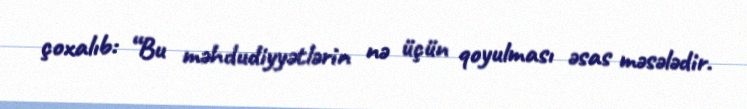
çoxalıb: “Bu məhdudiyyətlərin nə üçün qoyulması əsas məsələdir.